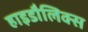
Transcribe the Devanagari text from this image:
हाइडौलिक्स